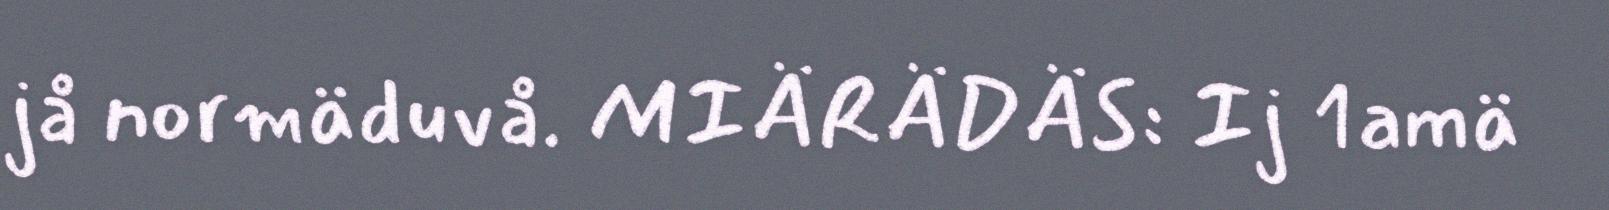
jå normäduvå. MIÄRÄDÄS: Ij 1amä